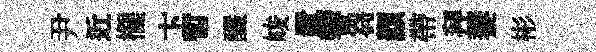
尹近擺卞暫釅峻置響芻纇帶拜萋彬